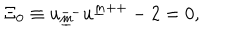
\Xi _ { { 0 } } \equiv u _ { \underline { { { m } } } } ^ { -- } u ^ { \underline { { { m } } } { + + } } - 2 = 0 ,